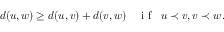
d ( u , w ) \geq d ( u , v ) + d ( v , w ) \quad \mathrm { ~ i ~ f ~ } \; \; u \prec v , v \prec w \, .